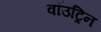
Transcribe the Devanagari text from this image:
वॉउट्रिन